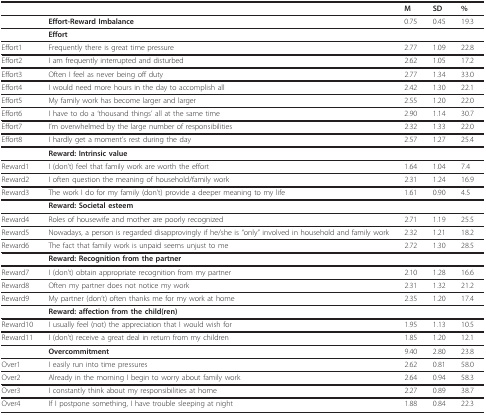
<table><thead><tr><td>[EMPTY_CELL]</td><td>[EMPTY_CELL]</td><td><b>M</b></td><td><b>SD</b></td><td><b>%</b></td></tr></thead><tbody><tr><td>[EMPTY_CELL]</td><td><b>Effort-Reward Imbalance</b></td><td>0.75</td><td>0.45</td><td>19.3</td></tr><tr><td>[EMPTY_CELL]</td><td><b>Effort</b></td><td>[EMPTY_CELL]</td><td>[EMPTY_CELL]</td><td>[EMPTY_CELL]</td></tr><tr><td>Effort1</td><td>Frequently there is great time pressure</td><td>2.77</td><td>1.09</td><td>22.8</td></tr><tr><td>Effort2</td><td>I am frequently interrupted and disturbed</td><td>2.62</td><td>1.05</td><td>17.2</td></tr><tr><td>Effort3</td><td>Often I feel as never being off duty</td><td>2.77</td><td>1.34</td><td>33.0</td></tr><tr><td>Effort4</td><td>I would need more hours in the day to accomplish all</td><td>2.42</td><td>1.30</td><td>22.1</td></tr><tr><td>Effort5</td><td>My family work has become larger and larger</td><td>2.55</td><td>1.20</td><td>22.0</td></tr><tr><td>Effort6</td><td>I have to do a 'thousand things' all at the same time</td><td>2.90</td><td>1.14</td><td>30.7</td></tr><tr><td>Effort7</td><td>I'm overwhelmed by the large number of responsibilities</td><td>2.32</td><td>1.33</td><td>22.0</td></tr><tr><td>Effort8</td><td>I hardly get a moment's rest during the day</td><td>2.57</td><td>1.27</td><td>25.4</td></tr><tr><td>[EMPTY_CELL]</td><td><b>Reward: Intrinsic value</b></td><td>[EMPTY_CELL]</td><td>[EMPTY_CELL]</td><td>[EMPTY_CELL]</td></tr><tr><td>Reward1</td><td>I (don't) feel that family work are worth the effort</td><td>1.64</td><td>1.04</td><td>7.4</td></tr><tr><td>Reward2</td><td>I often question the meaning of household/family work</td><td>2.31</td><td>1.24</td><td>16.9</td></tr><tr><td>Reward3</td><td>The work I do for my family (don't) provide a deeper meaning to my life</td><td>1.61</td><td>0.90</td><td>4.5</td></tr><tr><td>[EMPTY_CELL]</td><td><b>Reward: Societal esteem</b></td><td>[EMPTY_CELL]</td><td>[EMPTY_CELL]</td><td>[EMPTY_CELL]</td></tr><tr><td>Reward4</td><td>Roles of housewife and mother are poorly recognized</td><td>2.71</td><td>1.19</td><td>25.5</td></tr><tr><td>Reward5</td><td>Nowadays, a person is regarded disapprovingly if he/she is "only" involved in household and family work</td><td>2.32</td><td>1.21</td><td>18.2</td></tr><tr><td>Reward6</td><td>The fact that family work is unpaid seems unjust to me</td><td>2.72</td><td>1.30</td><td>28.5</td></tr><tr><td>[EMPTY_CELL]</td><td><b>Reward: Recognition from the partner</b></td><td>[EMPTY_CELL]</td><td>[EMPTY_CELL]</td><td>[EMPTY_CELL]</td></tr><tr><td>Reward7</td><td>I (don't) obtain appropriate recognition from my partner</td><td>2.10</td><td>1.28</td><td>16.6</td></tr><tr><td>Reward8</td><td>Often my partner does not notice my work</td><td>2.31</td><td>1.32</td><td>21.2</td></tr><tr><td>Reward9</td><td>My partner (don't) often thanks me for my work at home</td><td>2.35</td><td>1.20</td><td>17.4</td></tr><tr><td>[EMPTY_CELL]</td><td><b>Reward: affection from the child(ren)</b></td><td>[EMPTY_CELL]</td><td>[EMPTY_CELL]</td><td>[EMPTY_CELL]</td></tr><tr><td>Reward10</td><td>I usually feel (not) the appreciation that I would wish for</td><td>1.95</td><td>1.13</td><td>10.5</td></tr><tr><td>Reward11</td><td>I (don't) receive a great deal in return from my children</td><td>1.85</td><td>1.20</td><td>12.1</td></tr><tr><td>[EMPTY_CELL]</td><td><b>Overcommitment</b></td><td>9.40</td><td>2.80</td><td>23.8</td></tr><tr><td>Over1</td><td>I easily run into time pressures</td><td>2.62</td><td>0.81</td><td>58.0</td></tr><tr><td>Over2</td><td>Already in the morning I begin to worry about family work</td><td>2.64</td><td>0.94</td><td>58.3</td></tr><tr><td>Over3</td><td>I constantly think about my responsibilities at home</td><td>2.27</td><td>0.89</td><td>38.7</td></tr><tr><td>Over4</td><td>If I postpone something, I have trouble sleeping at night</td><td>1.88</td><td>0.84</td><td>22.3</td></tr></tbody></table>